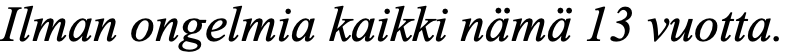
Ilman ongelmia kaikki nämä 13 vuotta.